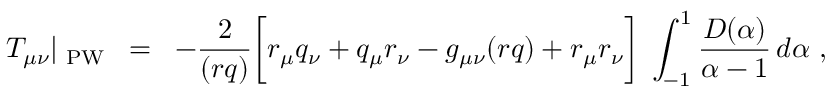
T _ { \mu \nu } | _ { \mathrm { \scriptsize ~ P W } } \; \; = \; \; - \frac { 2 } { ( r q ) } \biggl [ r _ { \mu } q _ { \nu } + q _ { \mu } r _ { \nu } - g _ { \mu \nu } ( r q ) + r _ { \mu } r _ { \nu } \biggr ] \; \int _ { - 1 } ^ { 1 } \frac { D ( \alpha ) } { \alpha - 1 } \, d \alpha \ ,